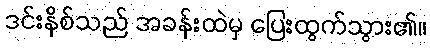
ဒင်းနိစ်သည် အခန်းထဲမှ ပြေးထွက်သွား၏။